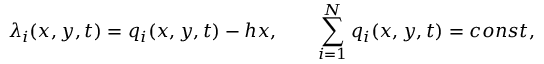
\lambda _ { i } ( x , y , t ) = q _ { i } ( x , y , t ) - h x , \qquad \sum _ { i = 1 } ^ { N } q _ { i } ( x , y , t ) = c o n s t ,